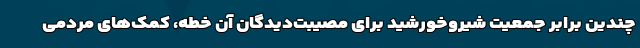
چندین برابر جمعیت شیروخورشید برای مصیبت‌دیدگان آن خطه، کمک‌های مردمی